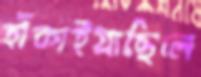
হাঁকাইয়াছিলে